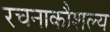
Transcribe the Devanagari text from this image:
रचनाकौशल्य